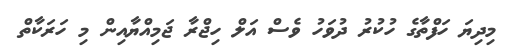
މިދިޔަ ހަފްތާގެ ހުކުރު ދުވަހު ވެސް އަލް ހިޖްރާ ޖަމިއްޔާއިން މި ހަރަކާތް